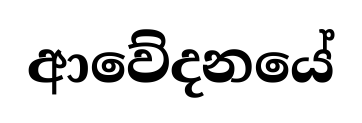
ආවේදනයේ